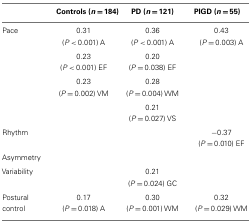
|  | Controls (n = 184) | PD (n = 121) | PIGD (n = 55) |
 | --- | --- | --- | --- |
 | Pace | 0.31 (P < 0.001) A | 0.36 (P < 0.001) A | 0.43 (P = 0.003) A |
 |  | 0.23 (P < 0.001) EF | 0.20 (P = 0.038) EF |  |
 |  | 0.23 (P = 0.002) VM | 0.28 (P = 0.004) WM |  |
 |  |  | 0.21 (P = 0.027) VS |  |
 | Rhythm |  |  | −0.37 (P = 0.010) EF |
 | Asymmetry |  |  |  |
 | Variability |  | 0.21 (P = 0.024) GC |  |
 | Postural control | 0.17 (P = 0.018) A | 0.30 (P = 0.001) WM | 0.32 (P = 0.029) WM |